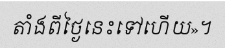
តាំងពីថ្ងៃនេះទៅហើយ»។